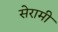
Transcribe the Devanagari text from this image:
सेरामी